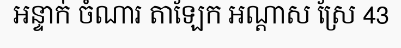
អន្ទាក់ ចំណារ តាឡែក អណ្តាស ស្រែ 43